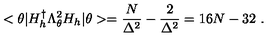
< \theta | H _ { h } ^ { \dag } \Lambda _ { \theta } ^ { 2 } H _ { h } | \theta > = \frac { N } { \Delta ^ { 2 } } - \frac { 2 } { \Delta ^ { 2 } } = 1 6 N - 3 2 \ .